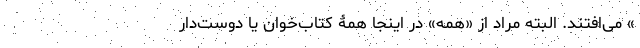
» می‌افتند. البته مراد از «همه» در اینجا همۀ کتاب‌خوان یا دوست‌دار